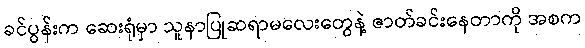
ခင်ပွန်းက ဆေးရုံမှာ သူနာပြုဆရာမလေးတွေနဲ့ ဇာတ်ခင်းနေတာကို အစက